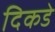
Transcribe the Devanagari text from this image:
दिकडे